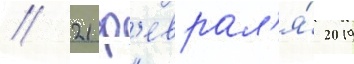
// 21 ф'еврал'я́ 2019